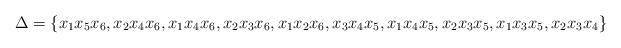
LaTeX: \begin{align*}\Delta=\{x_1x_5x_6,x_2x_4x_6,x_1x_4x_6,x_2x_3x_6,x_1x_2x_6,x_3x_4x_5,x_1x_4x_5,x_2x_3x_5,x_1x_3x_5,x_2x_3x_4\} \end{align*}